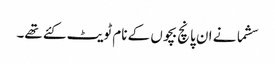
سشما نے ان پانچ بچوں کے نام ٹویٹ کئے تھے۔